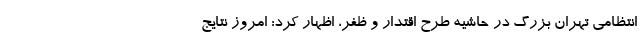
انتظامی تهران بزرگ در حاشیه طرح اقتدار و ظفر، اظهار کرد: امروز نتایج